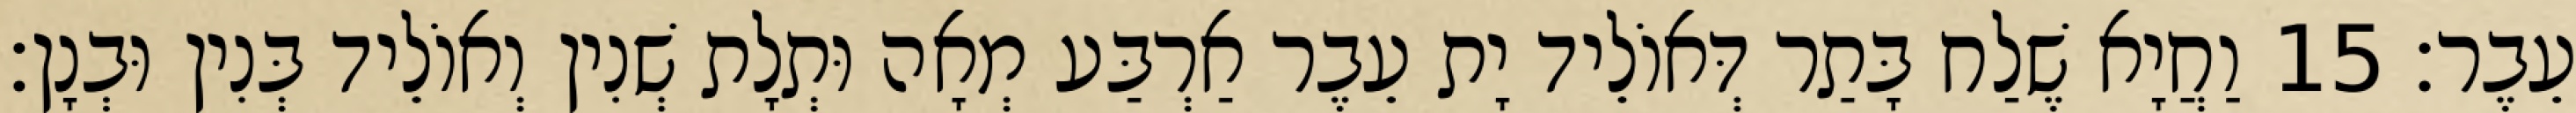
עֵבֶר׃ 15 וַחֲיָא שֶׁלַח בָּתַר דְּאוֹלֵיד יָת עֵבֶר אַרְבַּע מְאָה וּתְלָת שְׁנִין וְאוֹלֵיד בְּנִין וּבְנָן׃